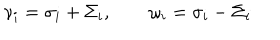
{ \nu _ { i } = \sigma _ { i } + \Sigma _ { i } , \qquad \omega _ { i } = \sigma _ { i } - \Sigma _ { i } }